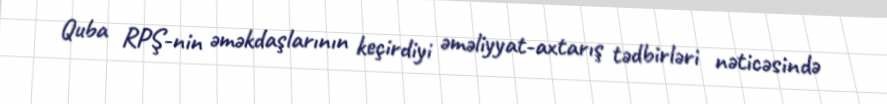
Quba RPŞ-nin əməkdaşlarının keçirdiyi əməliyyat-axtarış tədbirləri nəticəsində